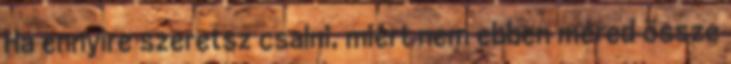
Ha ennyire szeretsz csalni, miért nem ebben méred össze